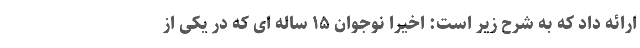
ارائه داد که به شرح زیر است: اخیرا نوجوان ۱۵ ساله ای که در یکی از